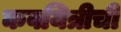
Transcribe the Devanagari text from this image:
कवयित्रीची